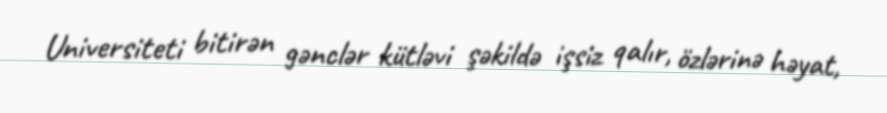
Universiteti bitirən gənclər kütləvi şəkildə işsiz qalır, özlərinə həyat,